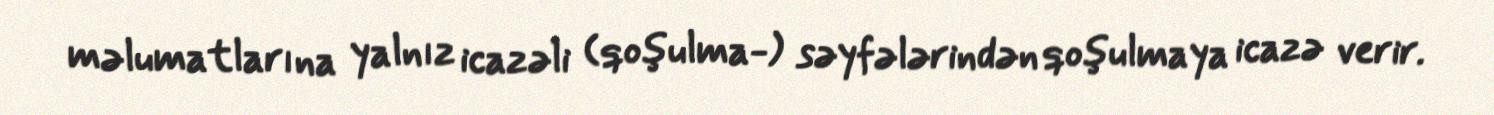
məlumatlarına yalnız icazəli (qoşulma-) səyfələrindən qoşulmaya icazə verir.